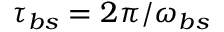
\tau _ { b s } = 2 \pi / \omega _ { b s }